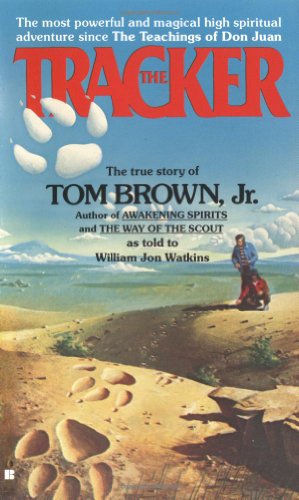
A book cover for The Tracker; Tom Brown; Science & Math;